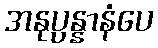
အနုပ္ပန္နာနံပေ